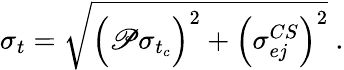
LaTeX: \sigma_{t}=\sqrt{\Big(\mathscr{P}\sigma_{t_{c}}\Big)^{2}+\Big(\sigma_{ej}^{CS}\Big)^{2}}~.